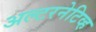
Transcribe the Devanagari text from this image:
अल्टरनेटिव्ह